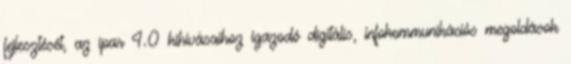
fejlesztését, az ipar 4.0 kihívásaihoz igazodó digitális, infokommunikációs megoldások